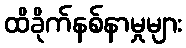
ထိခိုက်နစ်နာမှုများ